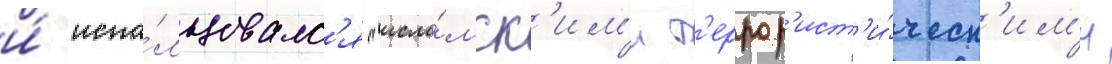
и́ испо́льзовалс'я "исла́мск'им'и т'еррор'ист'и́ческ'им'и